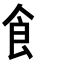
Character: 飠